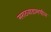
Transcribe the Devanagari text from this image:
मराठवाडामधील